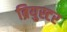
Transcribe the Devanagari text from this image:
ब्रियुस्टर